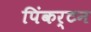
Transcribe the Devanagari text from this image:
पिंकर्टन